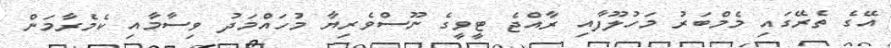
އޭގެ ތެރޭގައި މެމްބަރު މަހުލޫފާއި ރާއްޖެ ޓީވީގެ ނޫސްވެރިޔާ މުހައްމަދު ވިސާމާއި ކެމެރާމަން